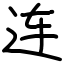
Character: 连